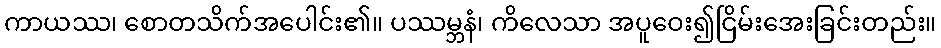
ကာယဿ၊ စောတသိက်အပေါင်း၏။ ပဿမ္ဘနံ၊ ကိလေသာ အပူဝေး၍ငြိမ်းအေးခြင်းတည်း။